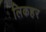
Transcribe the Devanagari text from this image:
लिकहर